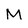
Character: M